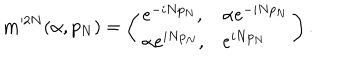
LaTeX: { \mathbf m } ^ { 2 N } ( \alpha , p _ { N } ) = \left( \begin{array} { l l } { { e ^ { - i N p _ { N } } , } } & { { \alpha e ^ { - i N p _ { N } } } } \\ { { \alpha e ^ { i N p _ { N } } , } } & { { e ^ { i N p _ { N } } } } \\ \end{array} \right) .